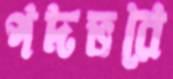
পদভরে